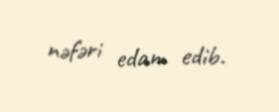
nəfəri edam edib.